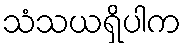
သံသယရှိပါက